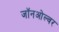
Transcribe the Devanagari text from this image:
जॉनओल्वर